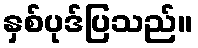
နှစ်ပုဒ်ပြသည်။